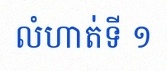
លំហាត់ទី ១